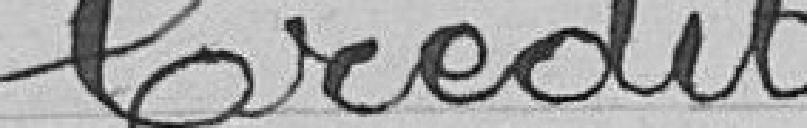
Crédit